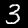
Label: 3